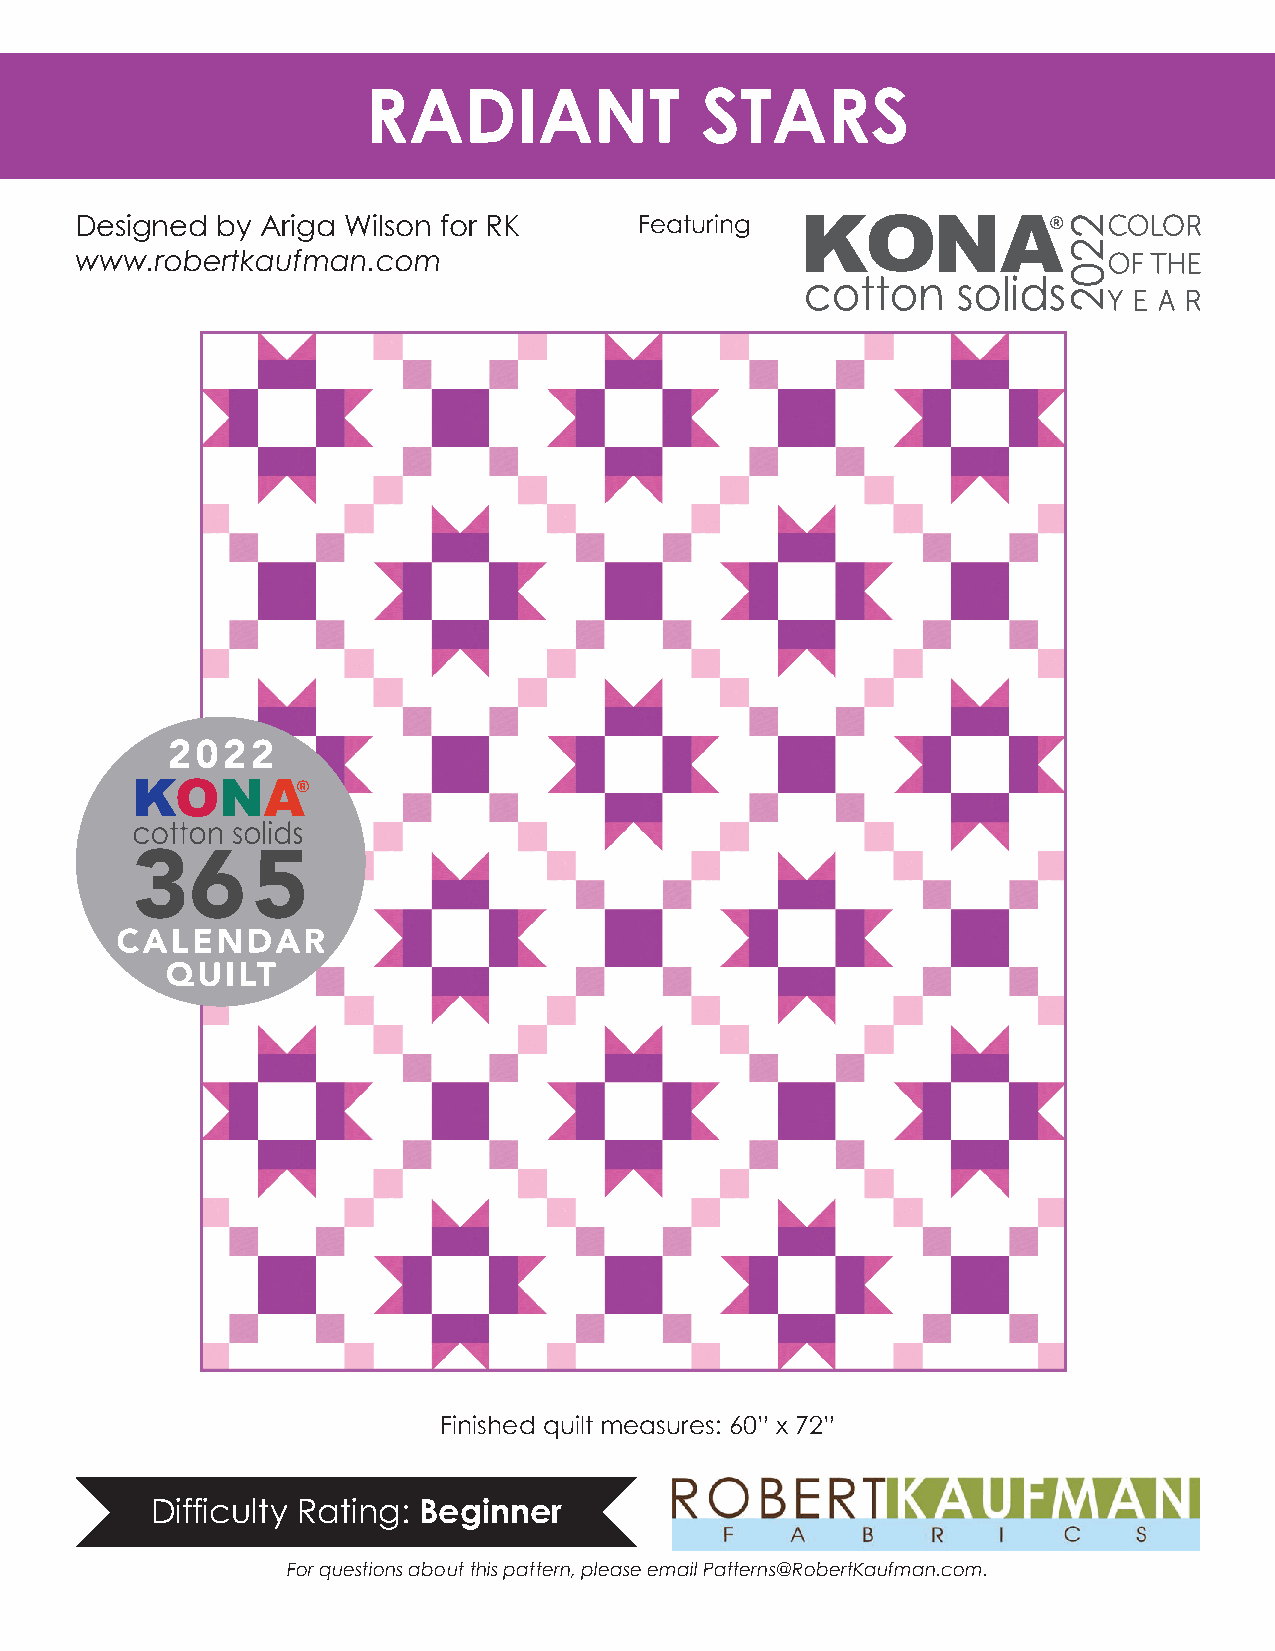
Just         Kisses
 RADIANT               STARS
 Designed by Ariga Wilson for RK      Featuring
 www.robertkaufman.com
 Finished quilt measures: 60” x 72”
 Difficulty Rating: Beginner
 For questions about this pattern, please email Patterns@RobertKaufman.com.